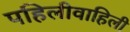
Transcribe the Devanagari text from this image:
पहिलीवाहिली